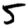
Digit: 5